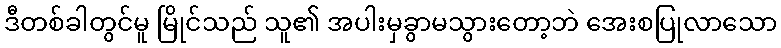
ဒီတစ်ခါတွင်မူ မြိုင်သည် သူ၏ အပါးမှခွာမသွားတော့ဘဲ အေးစပြုလာသော